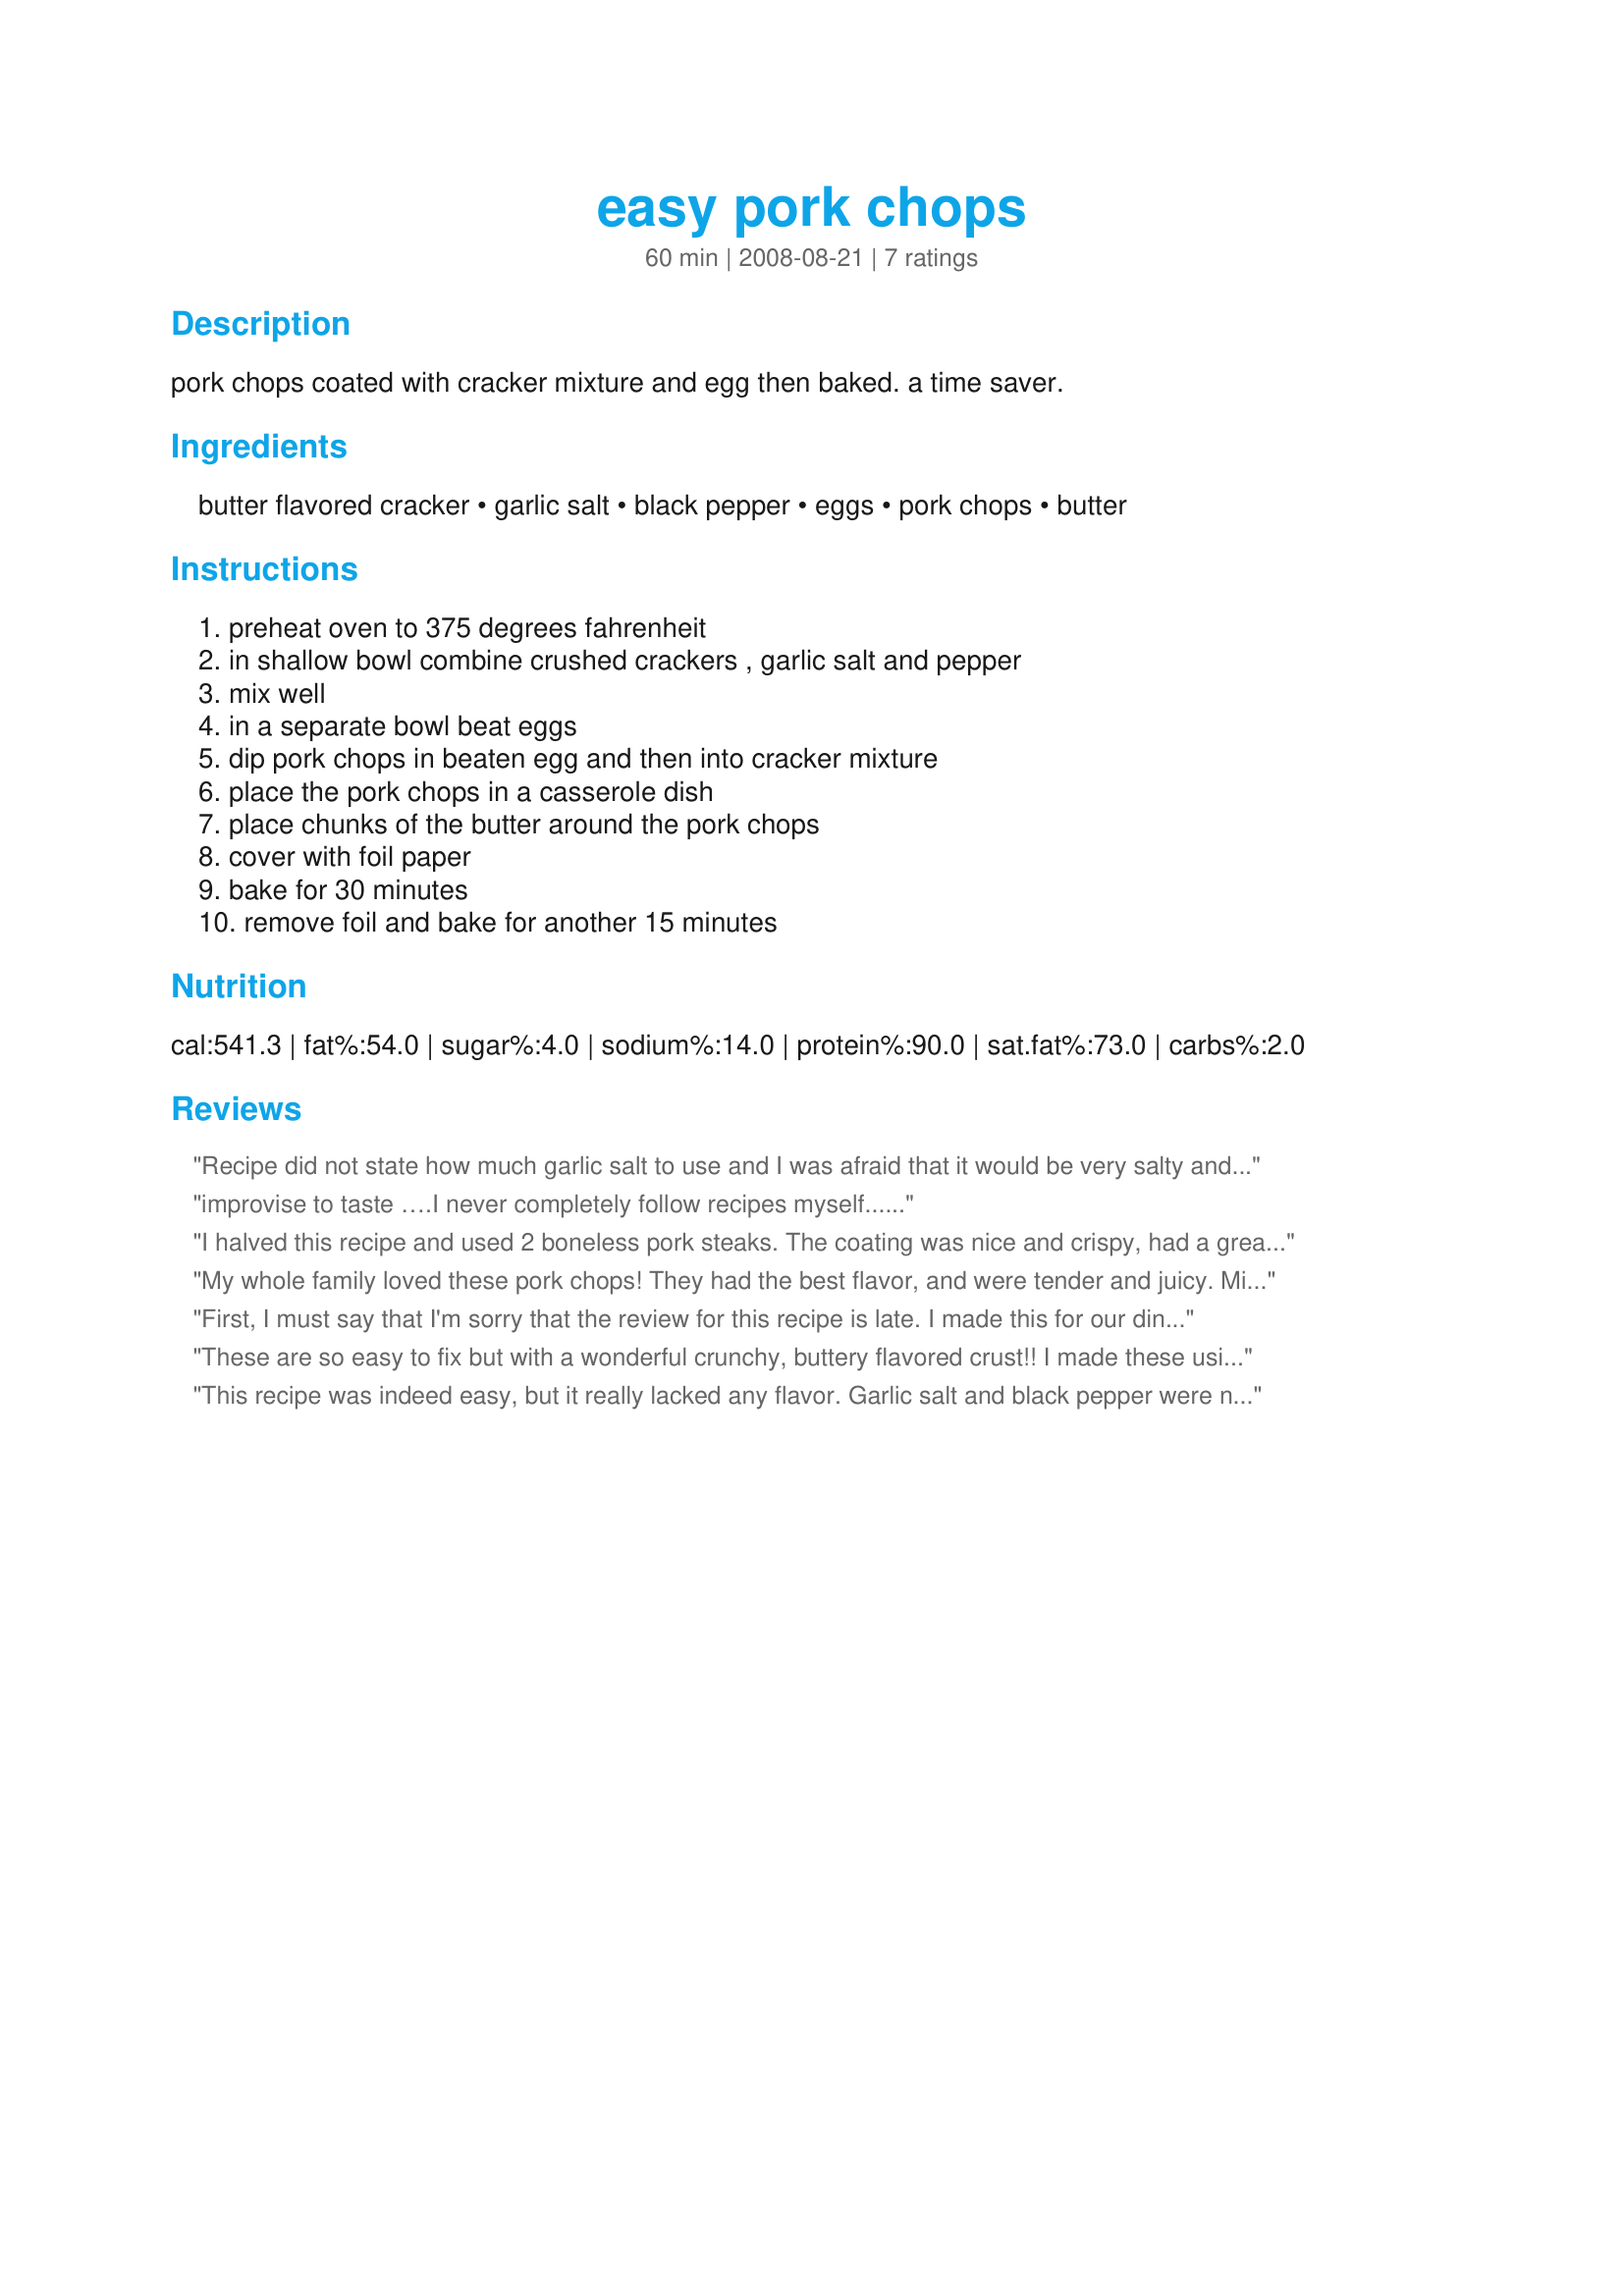
easy pork chops
Preparation time: 60 minutes

pork chops coated with cracker mixture and egg then baked. a time saver.

Ingredients:
butter flavored cracker, garlic salt, black pepper, eggs, pork chops, butter

Steps:
preheat oven to 375 degrees fahrenheit, in shallow bowl combine crushed crackers , garlic salt and pepper, mix well, in a separate bowl beat eggs, dip pork chops in beaten egg and then into cracker mixture, place the pork chops in a casserole dish, place chunks of the butter around the pork chops, cover with foil paper, bake for 30 minutes, remove foil and bake for another 15 minutes

Reviews:
Recipe did not state how much garlic salt to use and I was afraid that it would be very salty and garlicky so I used only 1 TB. Could not hardly taste it at all. Pork chops were dry and I used a nice thick cut of center chops.
improvise to taste ….I never completely follow recipes myself......
I halved this recipe and used 2 boneless pork steaks. The coating was nice and crispy, had a great flavor, and the meat was nice and juicy. I served them with Recipe#451305 and Recipe#419896. Thanks for sharing. Made for PAC Fall 2011.
My whole family loved these pork chops! They had the best flavor, and were tender and juicy. Mine were not dry at all. I gave this recipe to a friend, and after she made them she raved and raved about how good they were. I&#039;m going to try this same cracker coating on some thin chicken breasts tonight. I will definitely make this recipe again and again!!
First, I must say that I'm sorry that the review for this recipe is late. I made this for our dinner on 7/1/09. I had six pork chops so, the amount of cracker crumbs were increased by 1/4 cup. Instead using 1/4 cup of margarine, the same amount of stick was used and cut into slices then placed into the baking dish.Then the chops were placed over that, and the recipe was baked as written. My son said " If it was possible, he would give it 11 stars. And both my SO and I really enjoyed it too. This will be made again. Thanks for posting and, " Keep Smiling :) "
These are so easy to fix but with a wonderful crunchy, buttery flavored crust!! I made these using a 3 pork cutlets, so I cut back the butter by 1 Tablespoon but otherwise made exactly as written. My 16 yo DS doesn't like pork chops, so when asked what it was, I stated chicken, and he ate them without a problem. This is a recipe that will be repeated in the house!! Thanks for sharing this great recipe. Made for PAC Spring 09.
This recipe was indeed easy, but it really lacked any flavor. Garlic salt and black pepper were not enough.
